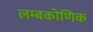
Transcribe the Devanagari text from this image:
लम्बकोणिक